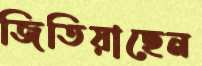
জিতিয়াছেন